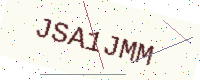
Text: JSA1JMM